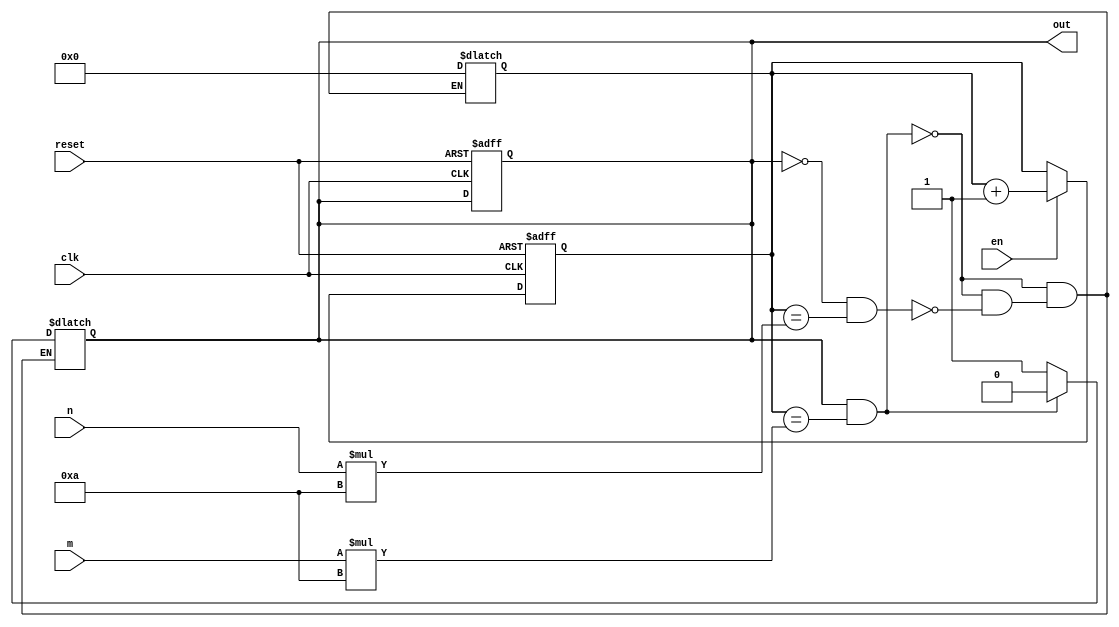
module square_wave(
    input  clk,      //100MHZ clk on Basys 3 Artix 7, 10ns period
    input  reset,
    input en,
    input  [3:0] m,  //m*100ns is on interval, unsigned integer. on for m*(10 clock periods)
    input  [3:0] n,  //n*100ns is off interval, unsigned integer. off for n*(10 clock periods)
    output out      // output square wave
    );
        
    //current state and next state register for square wave output
    reg r_reg;
    
    //register count for clock periods
    reg [7:0] r_count;
    
    //D FF
    always @(posedge clk, posedge reset)
        if(reset)
            begin
                r_reg <= 0;
                r_count <= 0;
            end
        else if (en)
            begin
                r_count <= r_count + 1;
            end             
            
    //next-state logic
    always @*
        if(r_reg && (r_count == m * 10)) //if square wave is 1 and m period count at max up count, set to 0 and reset counter
            begin
                r_reg = 1'b0;
                r_count = 0;
            end
        else if(~r_reg && (r_count == n * 10)) //if square wave is 0 and n period count at max down count, set to 1 and reset counter
            begin
                r_reg = 1'b1;
                r_count = 0;
            end

    //output logic
    assign out = r_reg;
    
endmodule